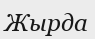
Жырда